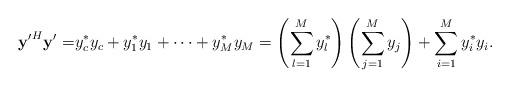
LaTeX: \begin{align*} \mathbf{y'}^H\mathbf{y}'=&y_c^* y_c+y_1^*y_1+\cdots+y_M^*y_M=\left(\sum_{l=1}^M y_l^*\right)\left(\sum_{j=1}^M y_j\right)+\sum_{i=1}^M y_i^*y_i.\end{align*}